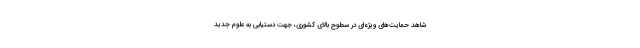
شاهد حمایت‌های ویژه‌ای در سطوح بالای کشوری، جهت دستیابی به علوم جدید